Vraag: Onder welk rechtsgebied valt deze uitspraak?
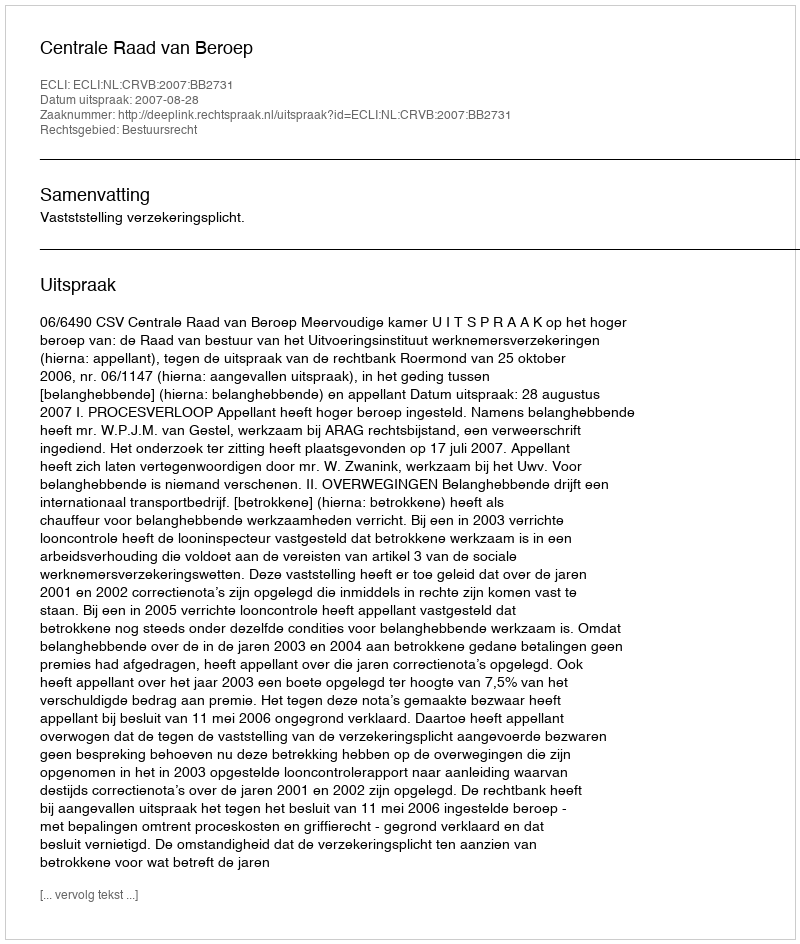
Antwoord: Bestuursrecht